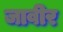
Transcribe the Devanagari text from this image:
जावीर